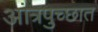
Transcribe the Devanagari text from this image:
आंत्रपुच्छात